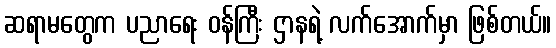
ဆရာမတွေက ပညာရေး ဝန်ကြီး ဌာနရဲ့ လက်အောက်မှာ ဖြစ်တယ်။